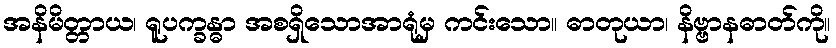
အနိမိတ္တာယ၊ ရူပက္ခန္ဓာ အစရှိသောအာရုံမှ ကင်းသော။ ဓာတုယာ၊ နိဗ္ဗာနဓာတ်ကို။